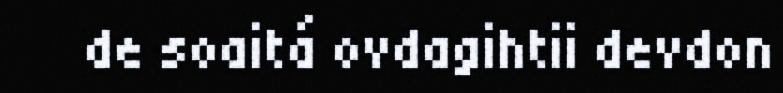
de soaitá ovdagihtii devdon